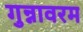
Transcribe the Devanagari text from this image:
गुन्नावरम